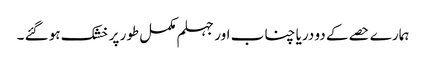
ہمارے حصے کے دو دریا چناب اور جہلم مکمل طور پر خشک ہو گئے ۔